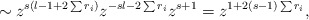
\begin{align*}\sim z^{s(l-1+ 2\sum r_i )} z^{-sl-2\sum r_i} z^{s+1} = z^{1+2(s-1)\sum r_i},\end{align*}